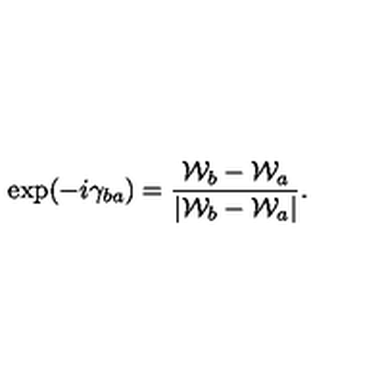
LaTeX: \exp ( - i \gamma _ { b a } ) = { \frac { { \cal W } _ { b } - { \cal W } _ { a } } { | { \cal W } _ { b } - { \cal W } _ { a } | } } .